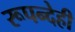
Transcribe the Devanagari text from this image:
रूपन्देही